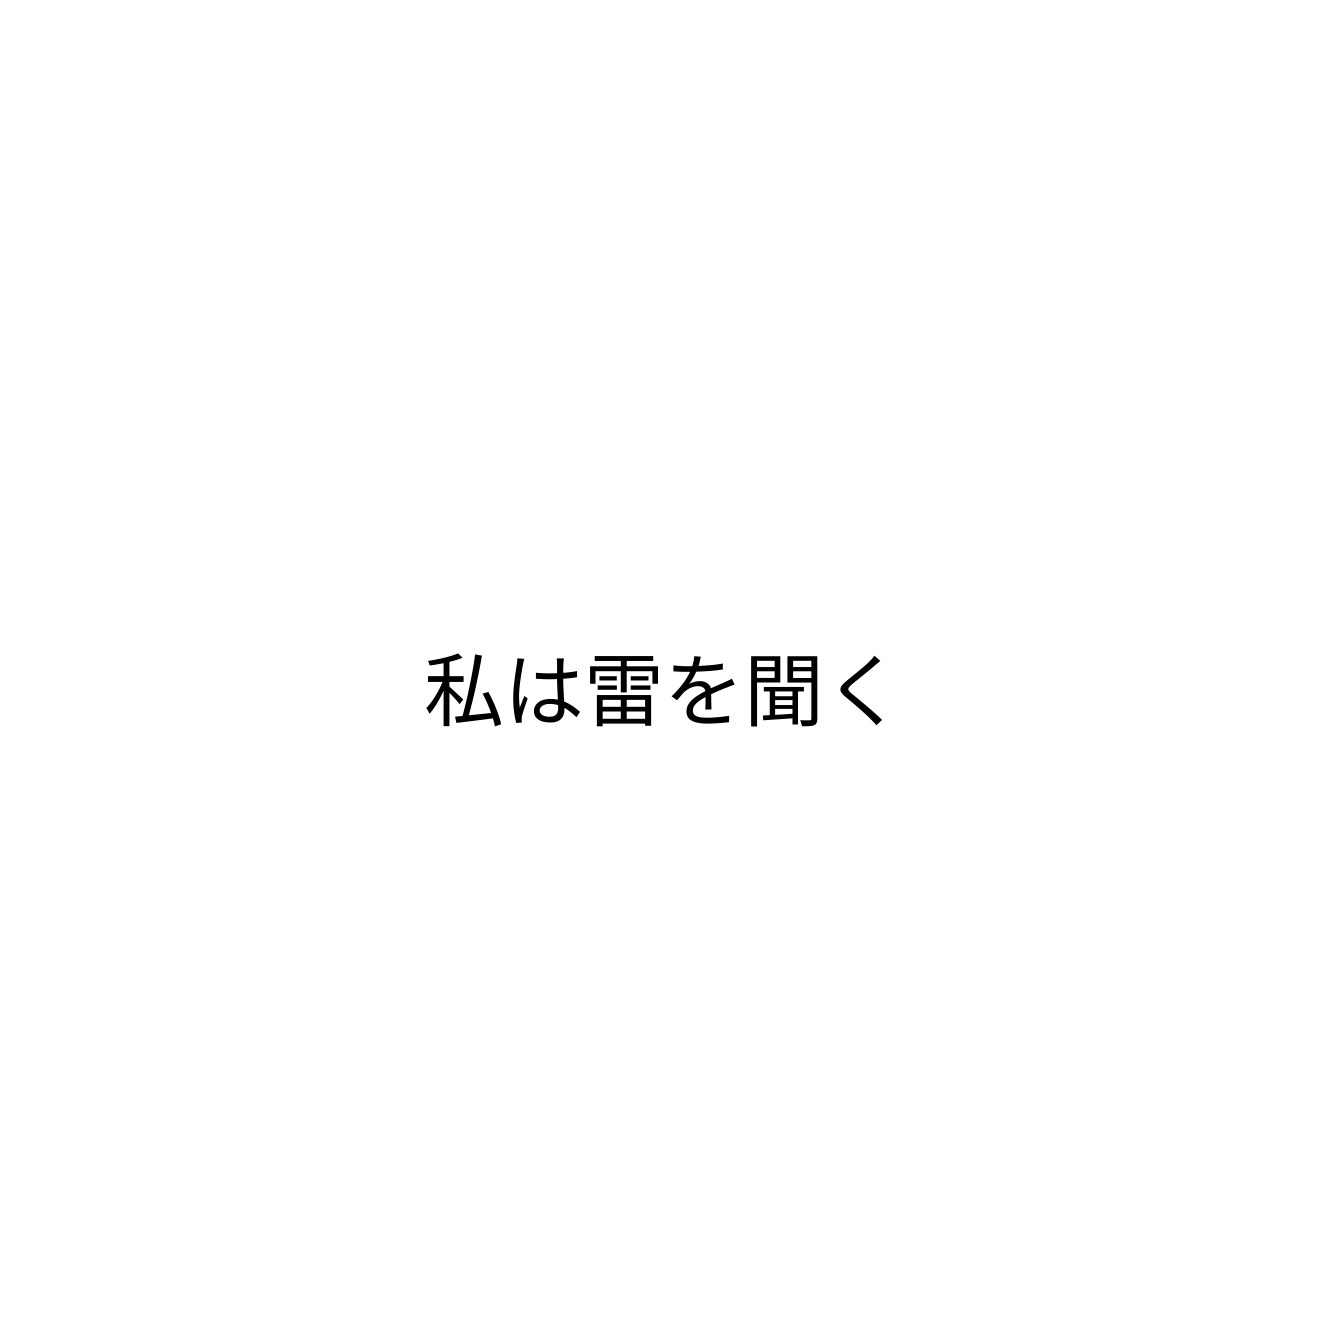
私は雷を聞く